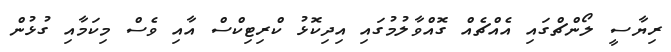
ރިޔާސީ ލޯންޗްގައި އެއްޗެއް ގޮއްވާލުމުގައި އިދިކޮޅު ކްރިޓިކްްސް އާއި ވެސް މިކަމާއި ގުޅުން